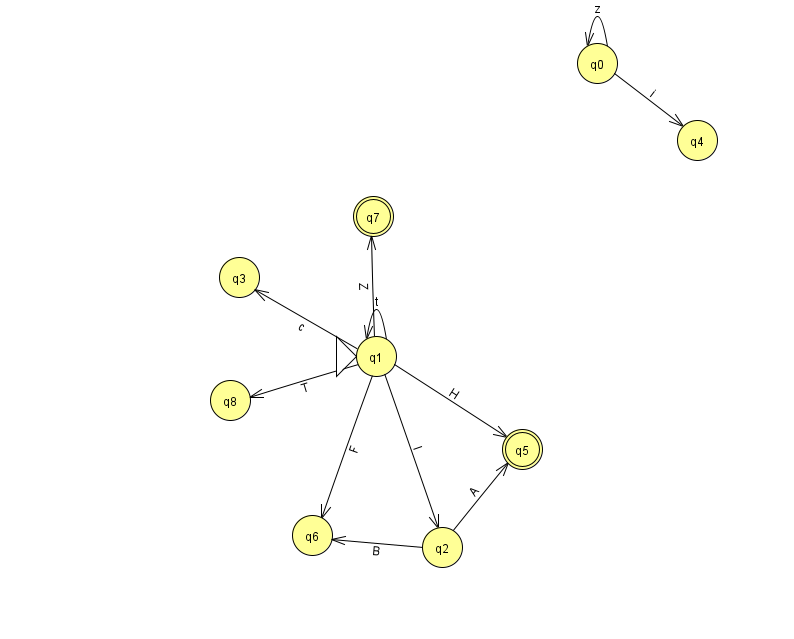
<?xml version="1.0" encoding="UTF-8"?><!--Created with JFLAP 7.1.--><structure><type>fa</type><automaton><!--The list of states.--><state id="0" name="q0"><x>597.0</x><y>50.0</y></state><state id="1" name="q1"><x>376.0</x><y>343.0</y><initial/></state><state id="2" name="q2"><x>442.0</x><y>534.0</y></state><state id="3" name="q3"><x>239.0</x><y>264.0</y></state><state id="4" name="q4"><x>697.0</x><y>127.0</y></state><state id="5" name="q5"><x>522.0</x><y>436.0</y><final/></state><state id="6" name="q6"><x>312.0</x><y>522.0</y></state><state id="7" name="q7"><x>373.0</x><y>203.0</y><final/></state><state id="8" name="q8"><x>230.0</x><y>387.0</y></state><!--The list of transitions.--><transition><from>1</from><to>7</to><read>Z</read></transition><transition><from>1</from><to>1</to><read>t</read></transition><transition><from>1</from><to>5</to><read>H</read></transition><transition><from>0</from><to>4</to><read>i</read></transition><transition><from>1</from><to>2</to><read>I</read></transition><transition><from>2</from><to>6</to><read>B</read></transition><transition><from>0</from><to>0</to><read>z</read></transition><transition><from>1</from><to>6</to><read>F</read></transition><transition><from>1</from><to>8</to><read>T</read></transition><transition><from>2</from><to>5</to><read>A</read></transition><transition><from>1</from><to>3</to><read>c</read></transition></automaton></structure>